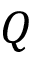
Q